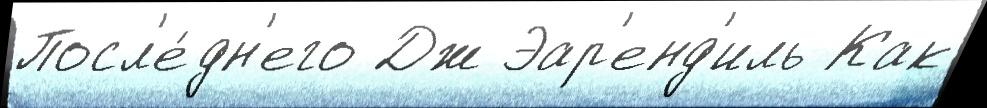
Посл'е́дн'его Дж Эар'енд'иль Как